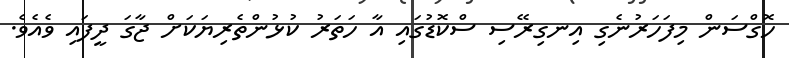
ހޮގްސަން މިފަހަރުނެގި އިނގިރޭސި ސްކޮޑުގައި އާ ހަތަރު ކުޅުންތެރިޔަކަށް ޖާގަ ދީފައި ވެއެވެ.